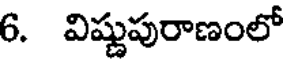
6. విష్ణుపురాణంలో